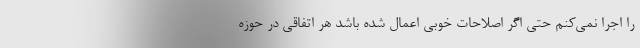
را اجرا نمی‌کنم حتی اگر اصلاحات خوبی اعمال شده باشد هر اتفاقی در حوزه